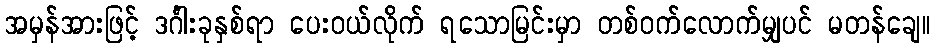
အမှန်အားဖြင့် ဒင်္ဂါးခုနှစ်ရာ ပေးဝယ်လိုက် ရသောမြင်းမှာ တစ်ဝက်လောက်မျှပင် မတန်ချေ။